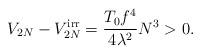
LaTeX: \begin{align*}V_{2N}-V_{2N}^{\rm irr}=\frac{T_{0}f^{4}}{4\lambda^{2}}N^{3} > 0.\end{align*}